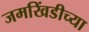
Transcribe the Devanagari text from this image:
जमखिंडीच्या